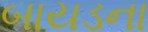
બાયડના